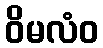
ဝိမလံဝ